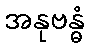
အနုဗန္ဓံ